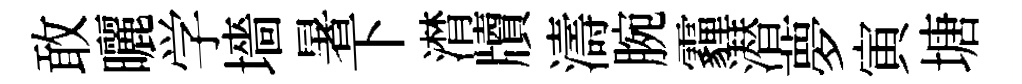
敢曬学墻暑下潸牘濤腕霾潜夢寅塘